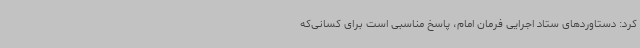
کرد: دستاوردهای ستاد اجرایی فرمان امام، پاسخ مناسبی است برای کسانی‌که